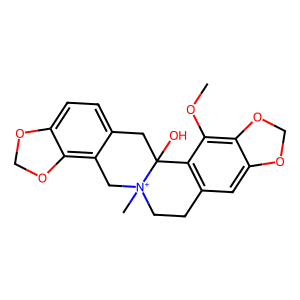
SMILES: COc1c2c(cc3c1C1(O)Cc4ccc5c(c4C[N+]1(C)CC3)OCO5)OCO2
Inhibits HIV replication: No